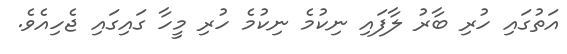
އަތުގައި ހުރި ބާރު ލާފައި ނިކުމެ ނިކުމެ ހުރި މީހާ ގައިގައި ޖެހިއެވެ.